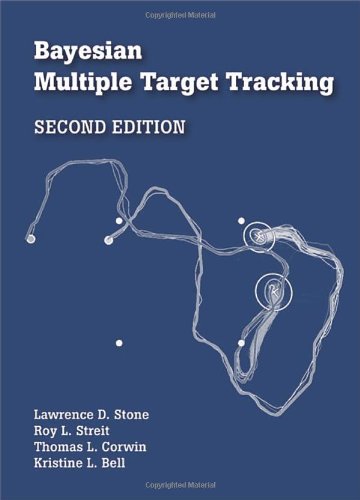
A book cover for Bayesian Multiple Target Tracking; Lawrence D. Stone; Engineering & Transportation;